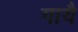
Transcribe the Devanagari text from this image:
गायै